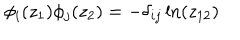
\phi _ { i } ( z _ { 1 } ) \phi _ { j } ( z _ { 2 } ) = - \delta _ { i j } \ln ( z _ { 1 2 } )